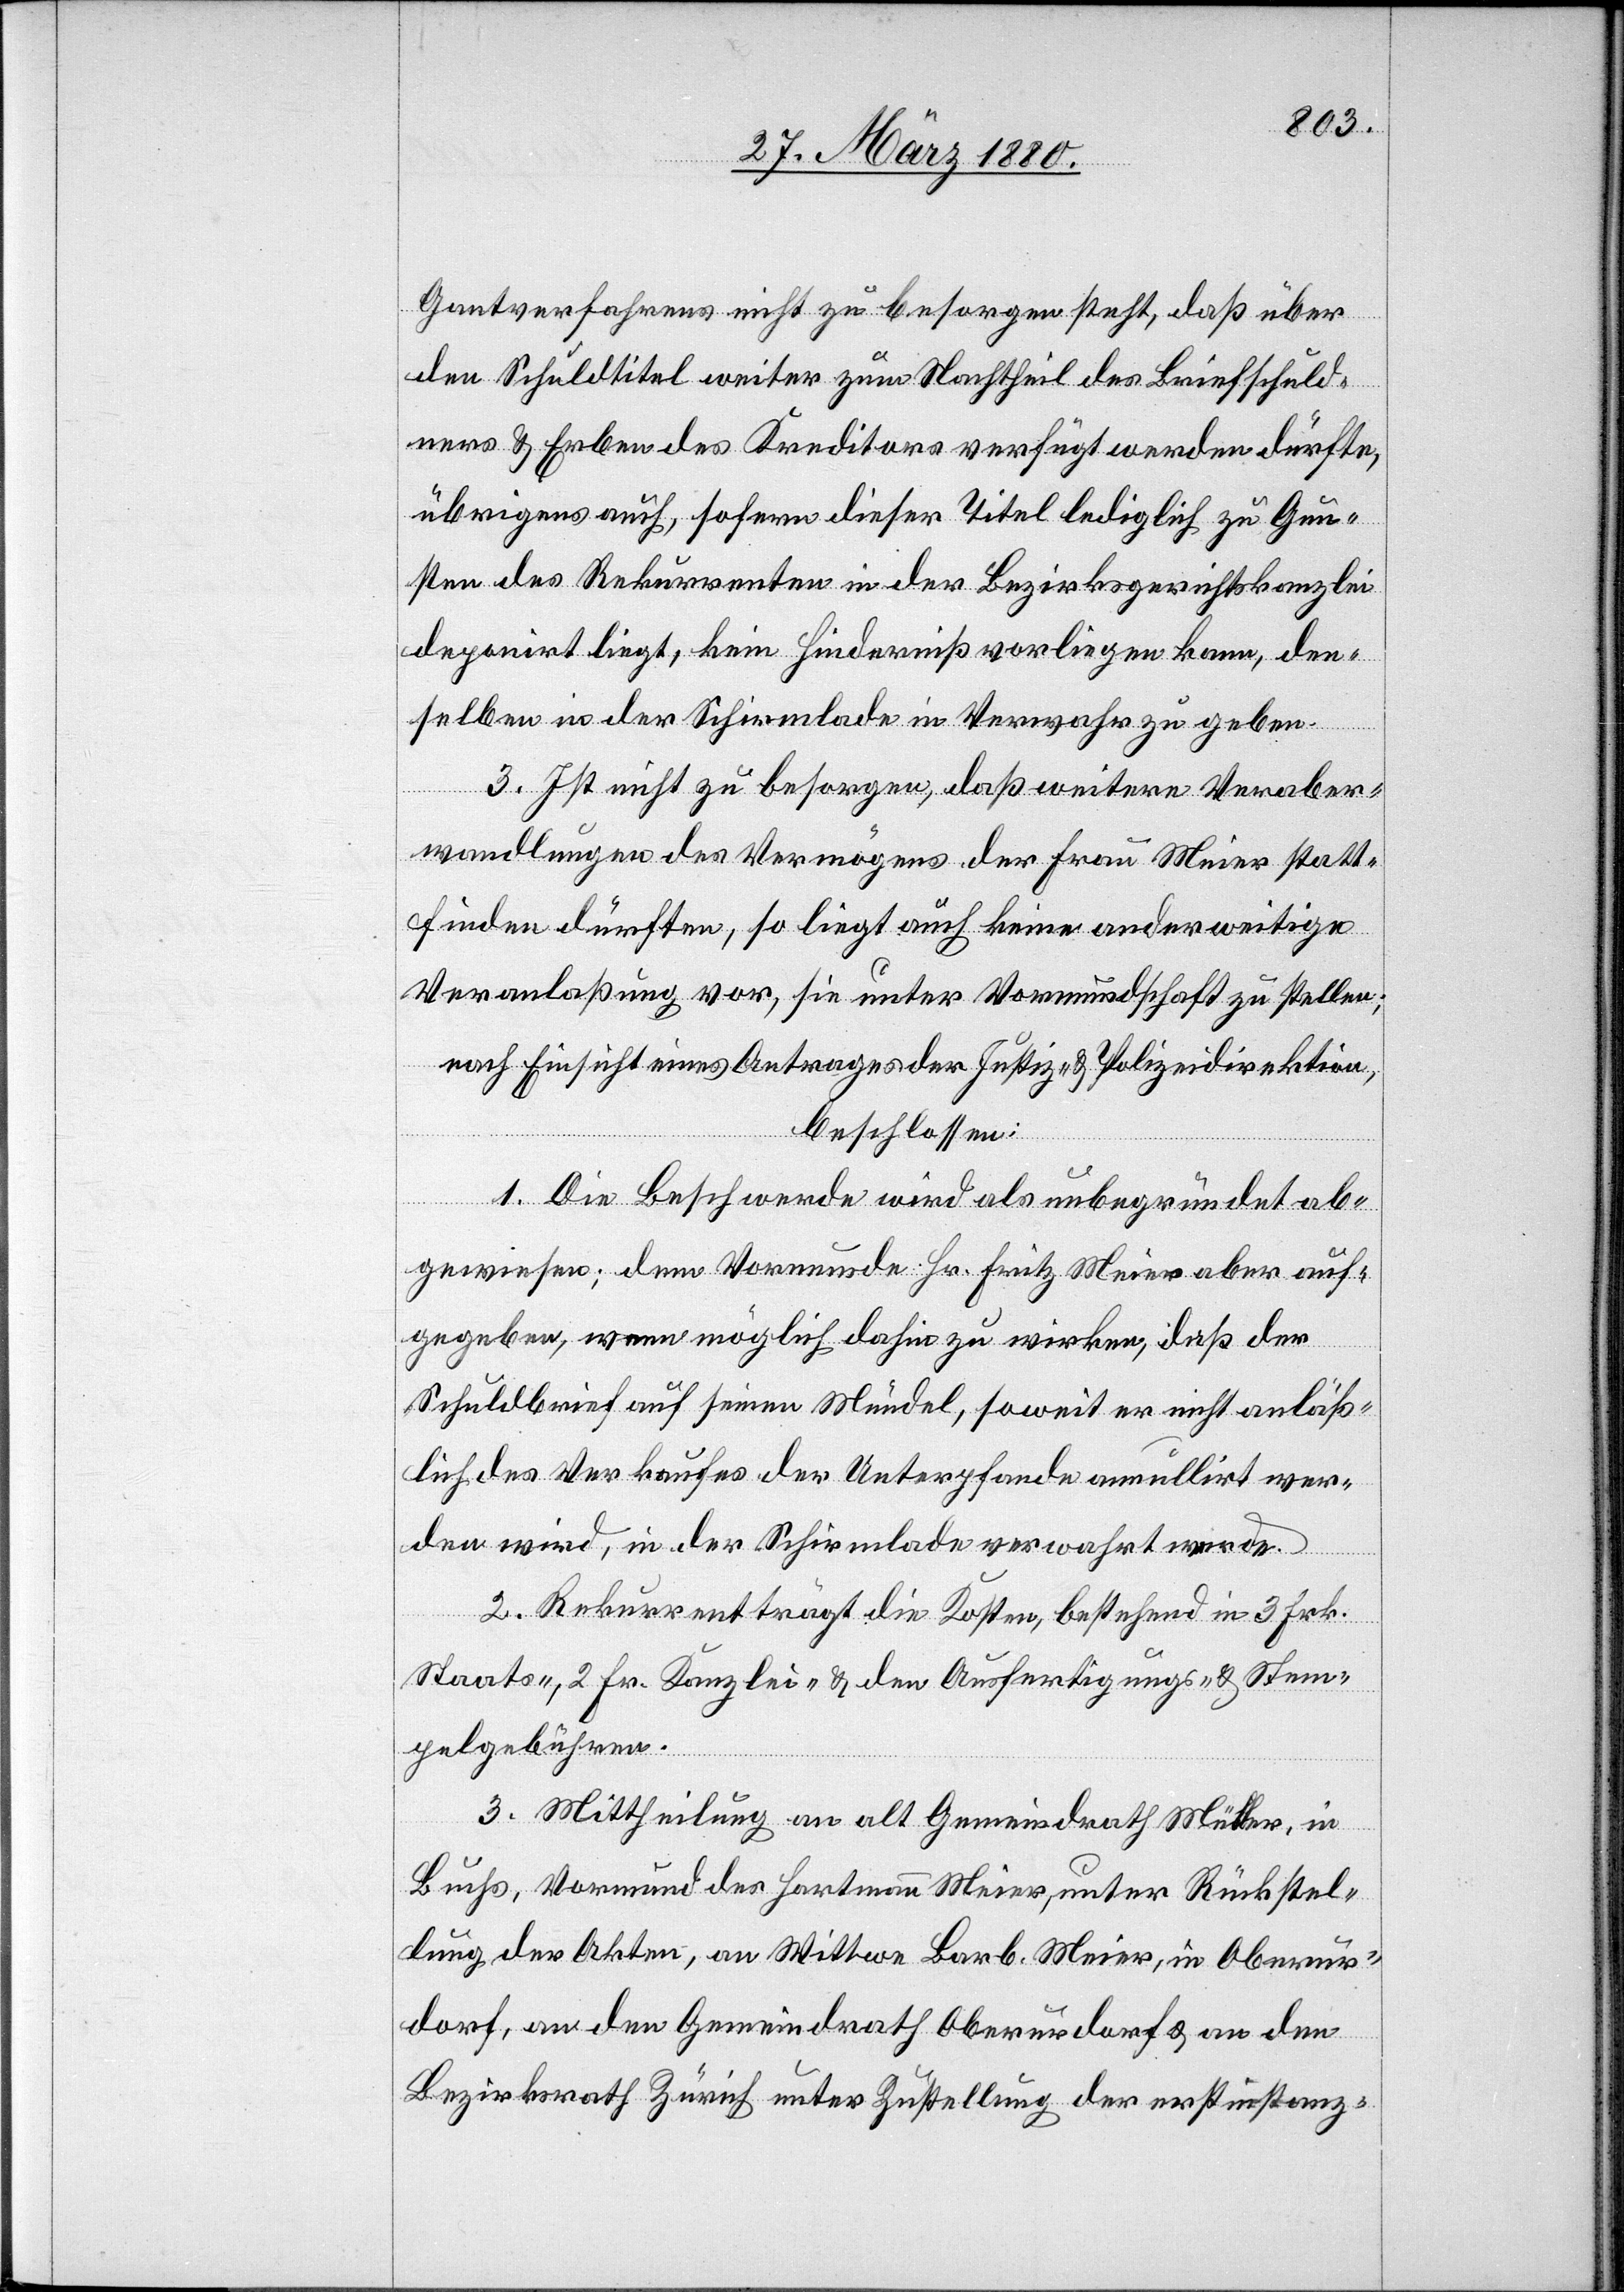
Gantverfahrens nicht zu besorgen steht, daß über
den Schuldtitel weiter zum Nachtheil des Briefschuld¬
ners & Erben des Kreditors verfügt werden dürfte,
übrigens auch, sofern dieser Titel lediglich zu Gun¬
sten des Rekurrenten in der Bezirksgerichtskanzlei
deponirt liegt, kein Hinderniß vorliegen kann, den¬
selben in der Schirmlade in Verwahr zu geben.
3. Ist nicht zu besorgen, daß weitere Veraber¬
wandlungen des Vermögens der Frau Meier statt¬
finden dürften, so liegt auch keine anderweitige
Veranlaßung vor, sie unter Vormundschaft zu stellen;
nach Einsicht eines Antrages der Justiz- & Polizeidirektion,
beschlossen:
1. Die Beschwerde wird als unbegründet ab¬
gewiesen; dem Vormunde Hr. Fritz Meier aber auf¬
gegeben, wenn möglich dahin zu wirken, daß der
Schuldbrief auf seinen Mündel, soweit er nicht anläß¬
lich des Verkaufes der Unterpfande annullirt wer¬
den wird, in der Schirmlade verwahrt werde.
2. Rekurrent trägt die Kosten, bestehend in 3 Frk.
Staats-, 2 Fr. Kanzlei- & den Ausfertigungs- & Stem¬
pelgebühren.
3. Mittheilung an alt Gemeindrath Müller, in
Buchs, Vormund des Hartmann Meier, unter Rückstel¬
lung der Akten, an Wittwe Barb. Meier, in Oberur¬
dorf, an den Gemeindrath Oberurdorf & an den
Bezirksrath Zürich unter Zustellung der erstinstanz-